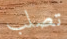
تصلب